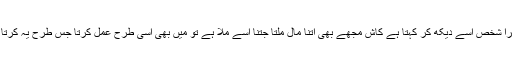
دوسرا شخص اسے دیکھ کر کہتا ہے کاش مجھے بھی اتنا مال ملتا جتنا اسے ملا ہے تو میں بھی اسی طرح عمل کرتا جس طرح یہ کرتا ہے۔